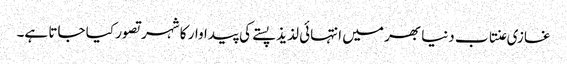
غازی عنتاب دنیا بھر میں انتہائی لذیذ پستے کی پیداوار کا شہر تصور کیا جاتا ہے۔